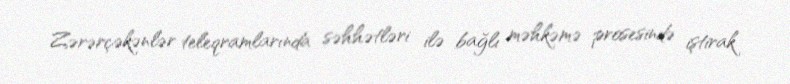
Zərərçəkənlər teleqramlarında səhhətləri ilə bağlı məhkəmə prosesində iştirak